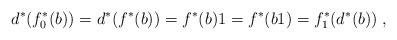
LaTeX: \begin{align*}d^*(f_0^*(b))=d^*(f^*(b))=f^*(b)1=f^*(b1)=f_1^*(d^*(b))\;,\end{align*}